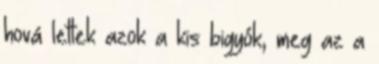
hová lettek azok a kis bigyók, meg az a